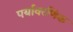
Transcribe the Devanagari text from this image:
पर्यावरणिक